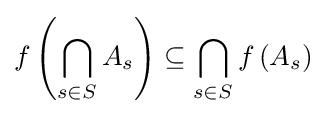
f\left(\bigcap _{s\in S}A_{s}\right)\subseteq \bigcap _{s\in S}f\left(A_{s}\right)